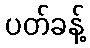
ပတ်ခန့်